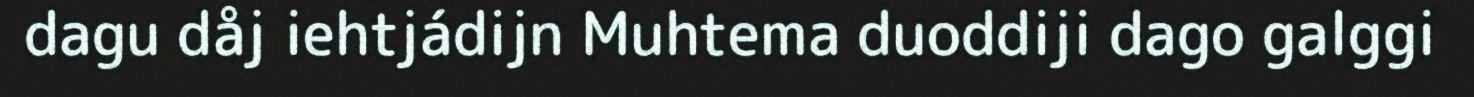
dagu dåj iehtjádijn Muhtema duoddiji dago galggi